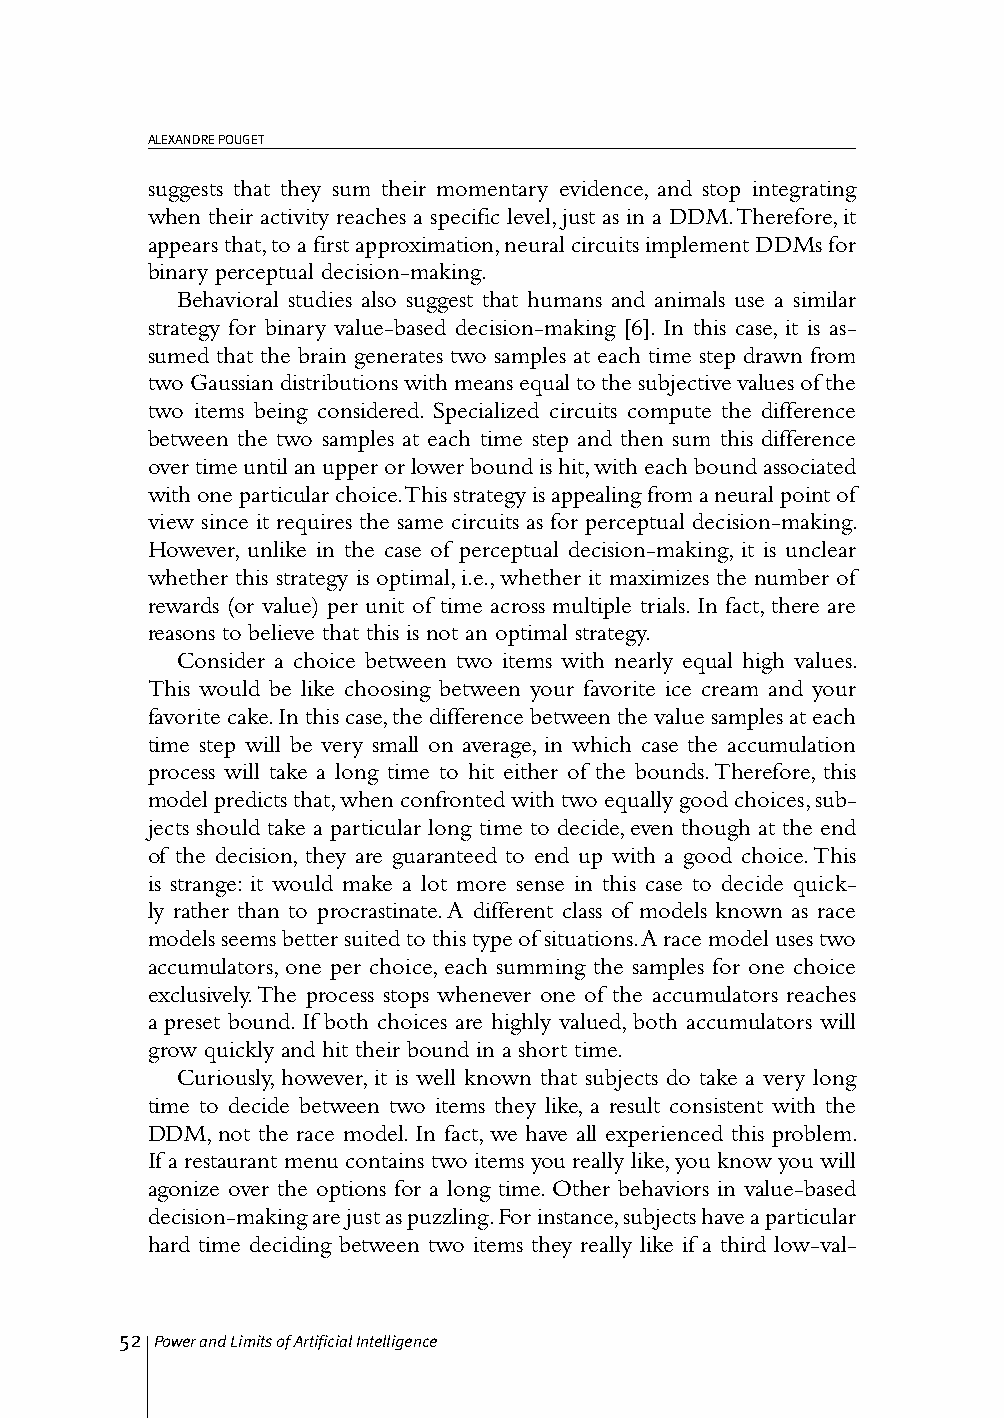
ALEXANDRE POUGET
 suggests that they sum their momentary evidence, and stop integrating
 when their activity reaches a specific level, just as in a DDM. Therefore, it
 appears that, to a first approximation, neural circuits implement DDMs for
 binary perceptual decision-making.
 Behavioral studies also suggest that humans and animals use a similar
 strategy for binary value-based decision-making [6]. In this case, it is as-
 sumed that the brain generates two samples at each time step drawn from
 two Gaussian distributions with means equal to the subjective values of the
 two items being considered. Specialized circuits compute the difference
 between the two samples at each time step and then sum this difference
 over time until an upper or lower bound is hit, with each bound associated
 with one particular choice. This strategy is appealing from a neural point of
 view since it requires the same circuits as for perceptual decision-making.
 However, unlike in the case of perceptual decision-making, it is unclear
 whether this strategy is optimal, i.e., whether it maximizes the number of
 rewards (or value) per unit of time across multiple trials. In fact, there are
 reasons to believe that this is not an optimal strategy.
 Consider a choice between two items with nearly equal high values.
 This would be like choosing between your favorite ice cream and your
 favorite cake. In this case, the difference between the value samples at each
 time step will be very small on average, in which case the accumulation
 process will take a long time to hit either of the bounds. Therefore, this
 model predicts that, when confronted with two equally good choices, sub-
 jects should take a particular long time to decide, even though at the end
 of the decision, they are guaranteed to end up with a good choice. This
 is strange: it would make a lot more sense in this case to decide quick-
 ly rather than to procrastinate. A different class of models known as race
 models seems better suited to this type of situations. A race model uses two
 accumulators, one per choice, each summing the samples for one choice
 exclusively. The process stops whenever one of the accumulators reaches
 a preset bound. If both choices are highly valued, both accumulators will
 grow quickly and hit their bound in a short time.
 Curiously, however, it is well known that subjects do take a very long
 time to decide between two items they like, a result consistent with the
 DDM, not the race model. In fact, we have all experienced this problem.
 If a restaurant menu contains two items you really like, you know you will
 agonize over the options for a long time. Other behaviors in value-based
 decision-making are just as puzzling. For instance, subjects have a particular
 hard time deciding between two items they really like if a third low-val-
 52 Power and Limits of Artificial Intelligence